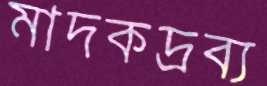
মাদকদ্রব্য